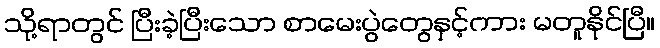
သို့ရာတွင် ပြီးခဲ့ပြီးသော စာမေးပွဲတွေနှင့်ကား မတူနိုင်ပြီ။